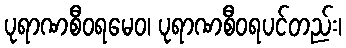
ပုရာဏစီဝရမေဝ၊ ပုရာဏစီဝရပင်တည်း၊